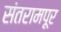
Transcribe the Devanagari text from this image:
संतरामपूर